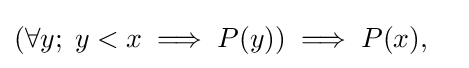
(\forall y;\;y<x\implies P(y))\implies P(x),\quad